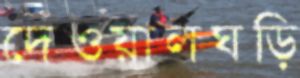
দেওয়ালঘড়ি